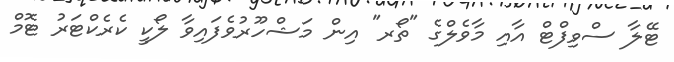
ޓޭލާ ސްވިފްޓް އާއި މާވެލްގެ "ތޯރ" އިން މަޝްހޫރުވެފައިވާ ލޯކީ ކެރެކްޓަރު ޓޮމް